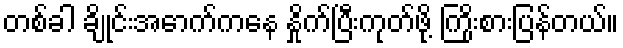
တစ်ခါ ချိုင်းအောက်ကနေ နှိုက်ပြီးကုတ်ဖို့ ကြိုးစားပြန်တယ်။